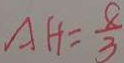
A H = \frac { 8 } { 3 }